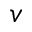
v